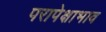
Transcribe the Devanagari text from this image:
परापेक्षाभाव